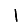
Digit: 1